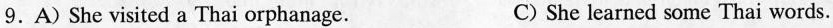
9. A) She visited a Thai orphanage. C) She learned some Thai words.